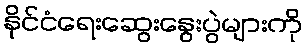
နိုင်ငံရေးဆွေးနွေးပွဲများကို